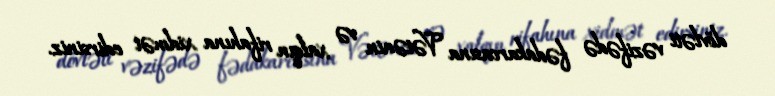
dövləti vəzifədə fədakarcasına Vətənin və xalqın rifahına xidmət edirsiniz.